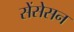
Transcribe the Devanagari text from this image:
सेंसेसन